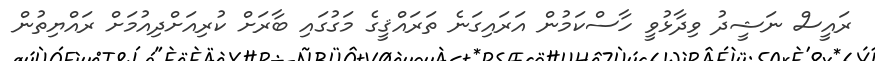
ރައީސް ނަޝީދު ވިދާޅުވީ ހާސްކަމުން އަރައިގަނެ ތަރައްޤީގެ މަގުގައި ބާރަށް ކުރިއަށްދިއުމަށް ރައްޔިތުން